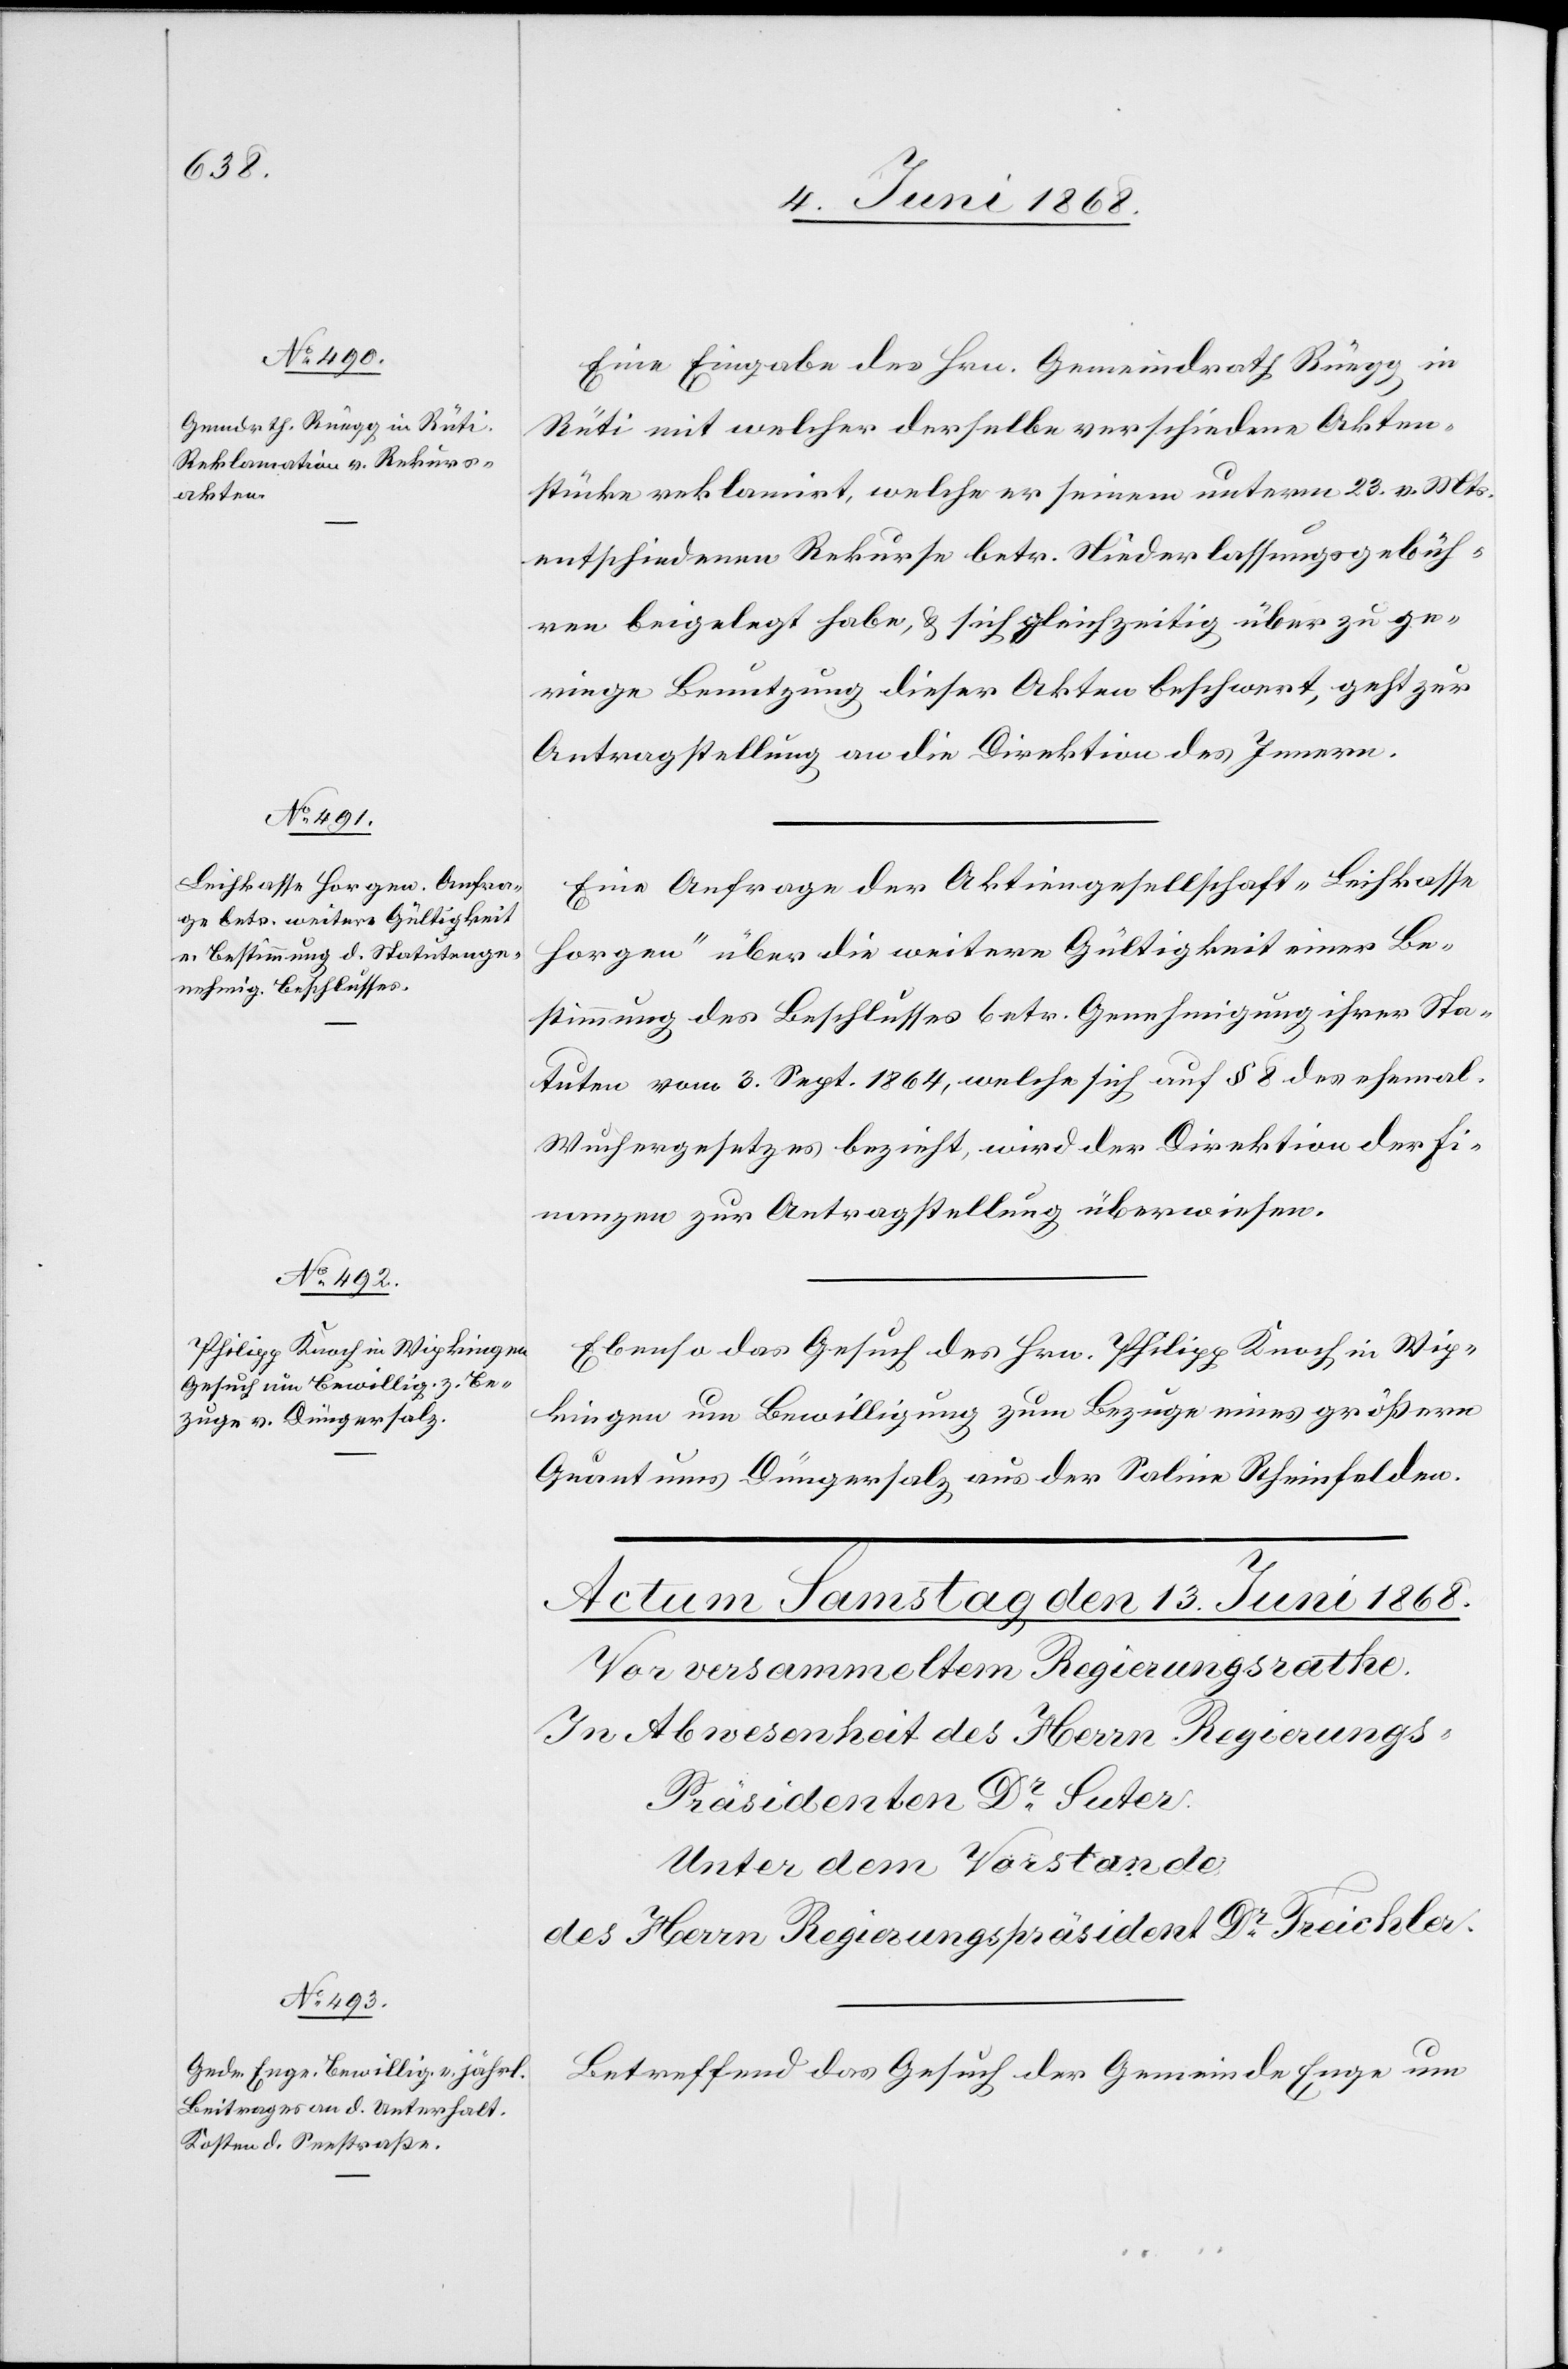
12. Juni 1868.]
Eine Eingabe des Hrn. Gemeindrath Rüegg in
Rüti mit welcher derselbe verschiedene Akten¬
stücke reklamirt, welche er seinem unterm 23. v. Mts.
entschiedenen Rekurse betr. Niederlassungsgebüh¬
ren beigelegt habe, & sich gleichzeitig über zu ge¬
ringe Benutzung dieser Akten beschwert, geht zur
Antragstellung an die Direktion des Innern.
Eine Anfrage der Aktiengesellschaft „Leihkasse
Horgen“ über die weitere Gültigkeit einer Be¬
stimmung des Beschlusses betr. Genehmigung ihrer Sta¬
tuten vom 3. Sept. 1864, welche sich auf § 8 des ehemal.
Wuchergesetzes bezieht, wird der Direktion der Fi¬
nanzen zur Antragstellung überwiesen.
Ebenso das Gesuch des Hrn. Philipp Knoch in Wip¬
kingen um Bewilligung zum Bezuge eines größern
Quantums Düngersalz aus der Saline Rheinfelden.
Betreffend das Gesuch der Gemeinde Enge um